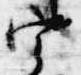
宰